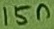
Text: 15n